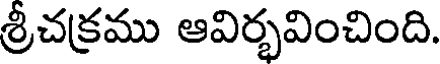
శ్రీచక్రము ఆవిర్భవించింది.